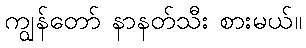
ကျွန်တော် နာနတ်သီး စားမယ်။